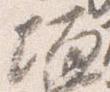
壇